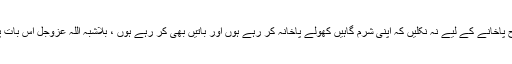
دو شخص اس طرح پاخانے کے لیے نہ نکلیں کہ اپنی شرم گاہیں کھولے پاخانہ کر رہے ہوں اور باتیں بھی کر رہے ہوں ، بلاشبہ اللہ عزوجل اس بات پر ناراض ہوتا ہے۔